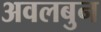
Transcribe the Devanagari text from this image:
अवलबुन